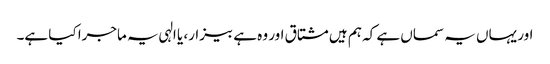
اور یہاں یہ سماں ہے کہ ہم ہیں مشتاق اور وہ ہے بیزار، یا الہی یہ ماجرا کیا ہے۔